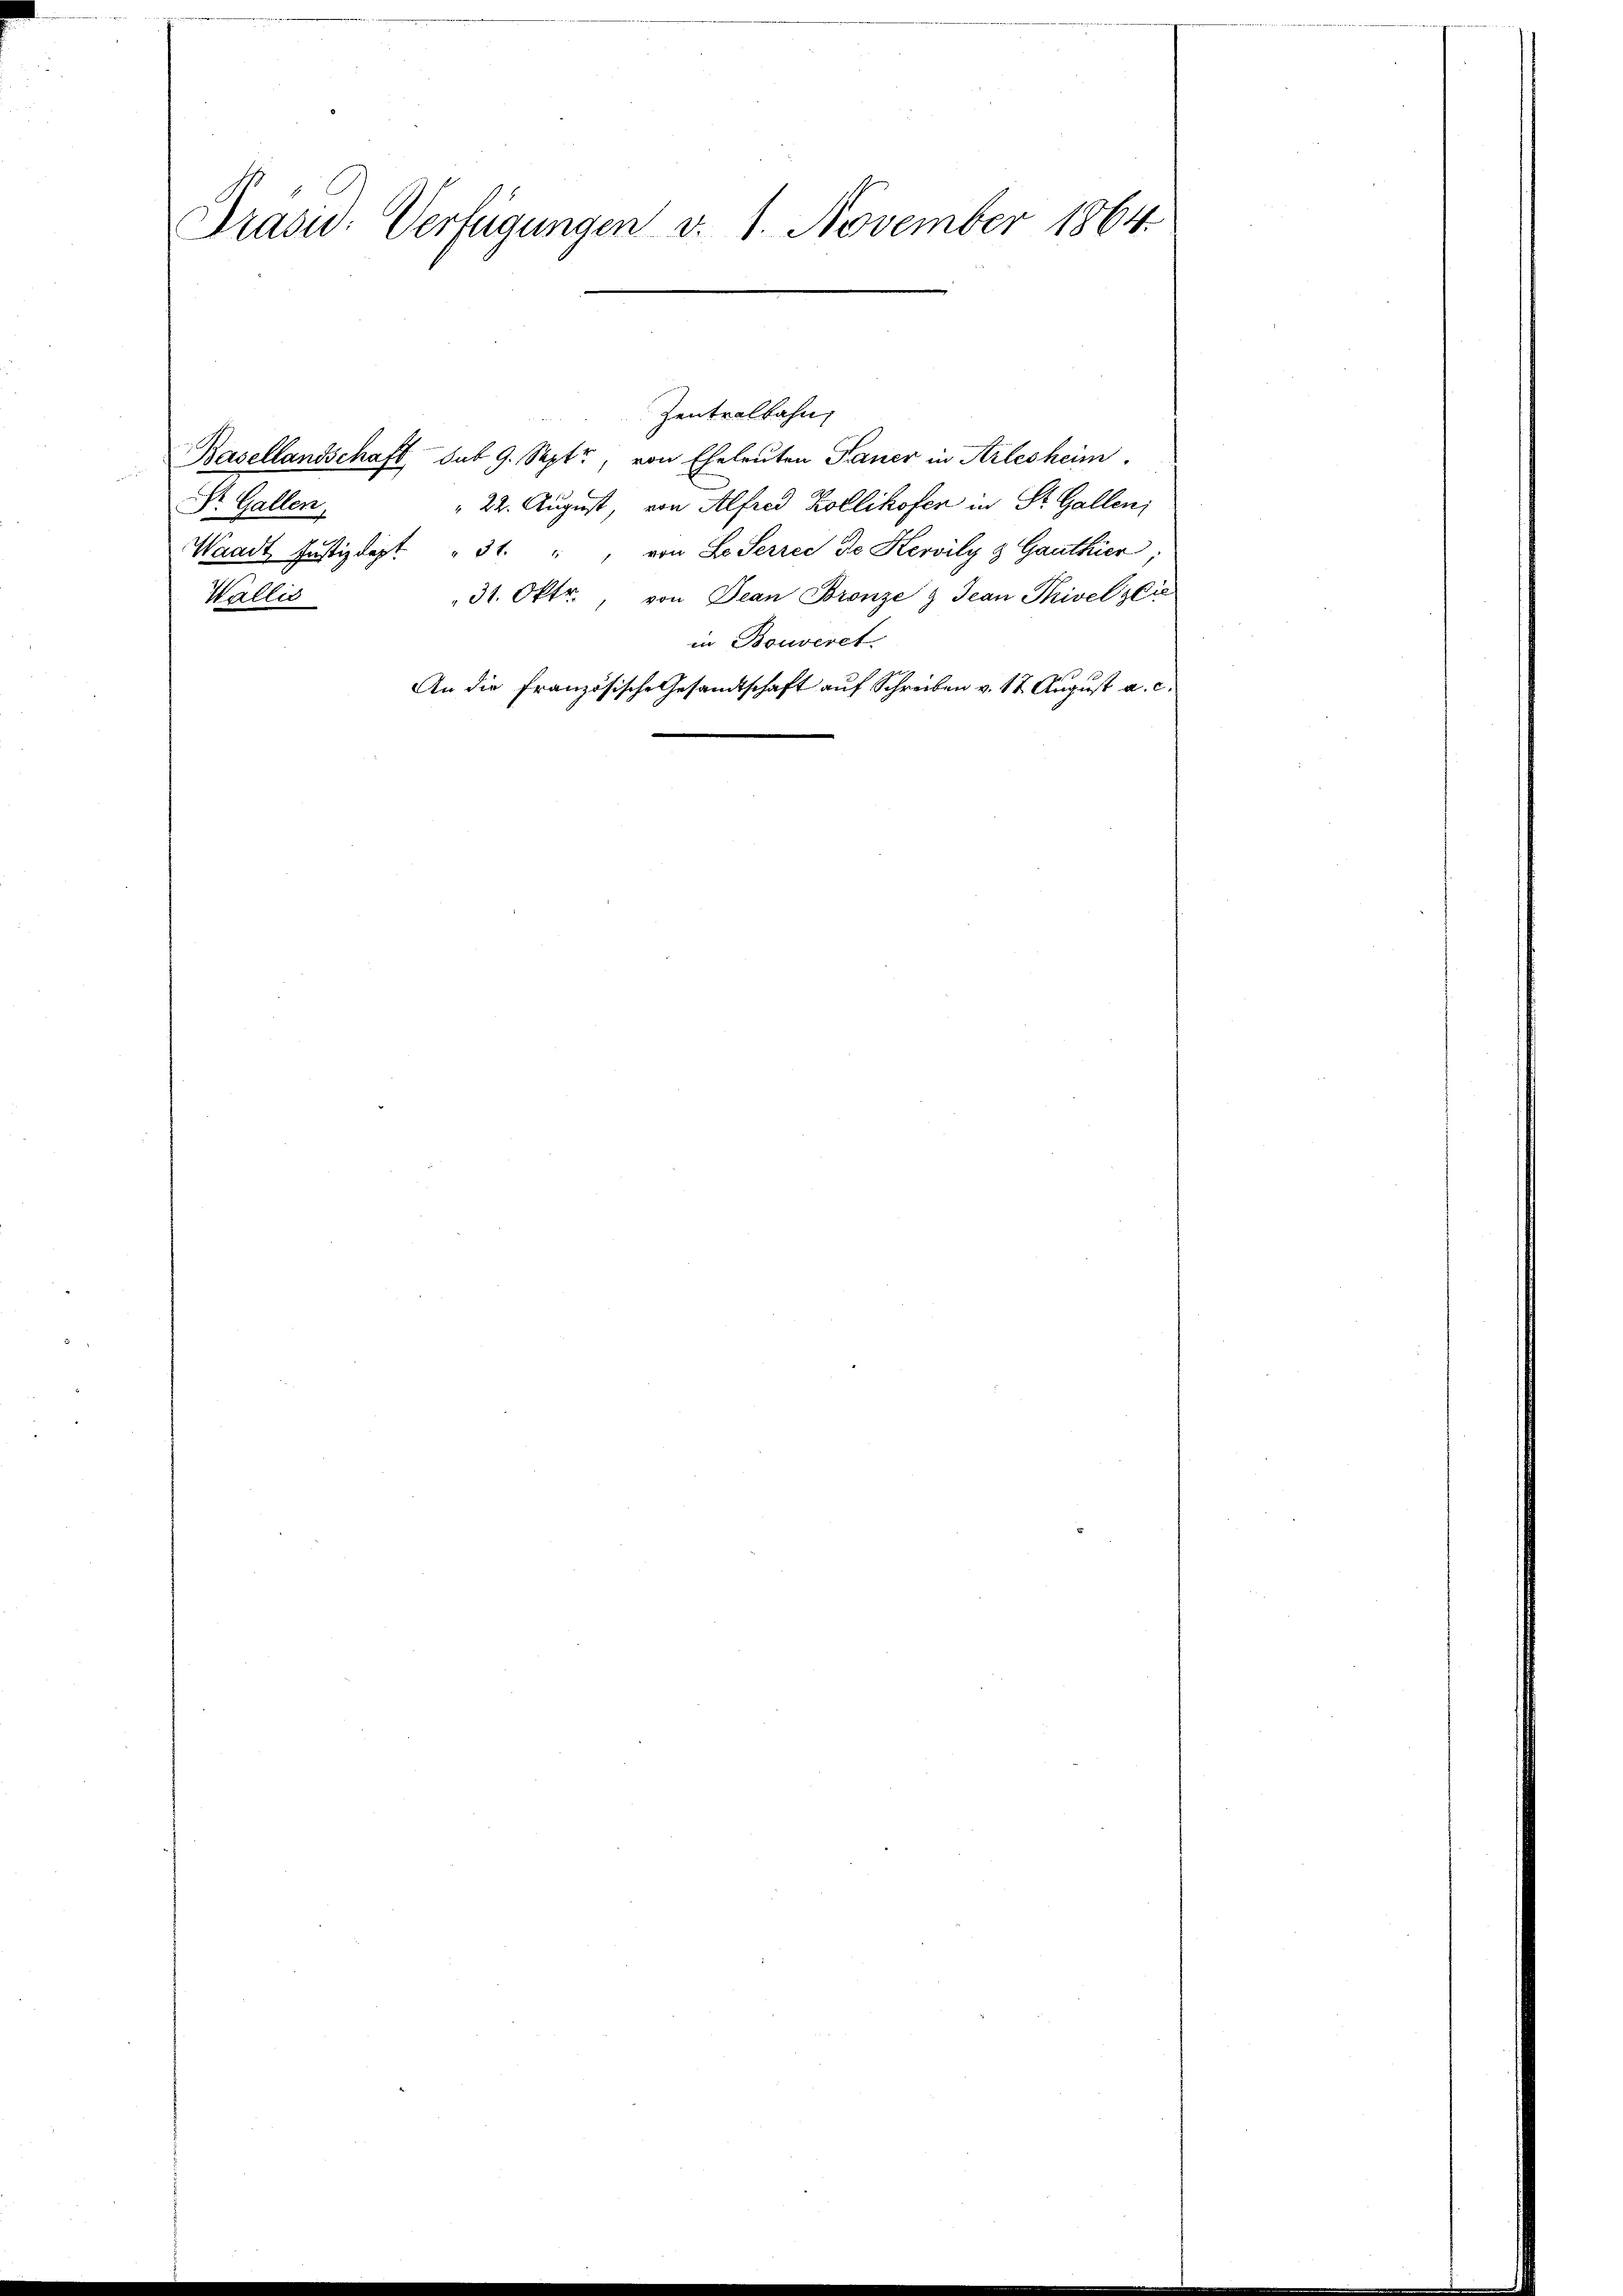
Präsie: Verfügungen v. 1. November 1864.

Basellandschaft, sub 9. Sept, von Eheleuten Taner in Arlesheim.
" 22. August, von Alfred Zollikofen in St. Gallen;
Dr. Gallen.
Waadt Justizdept. " 31. " " von Lo Serrec de Kervily 3 Ganthier;
31. Oktr., von Jean Bronze & Jean Thivel seie
Wallis
in Bouveret.
An die Französische Gesandtschaft auf Schreiben v. 12 August a. c.

Zentralbahn,